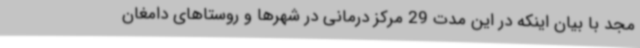
مجد با بیان اینکه در این مدت 29 مرکز درمانی در شهرها و روستاهای دامغان